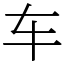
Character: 车